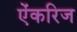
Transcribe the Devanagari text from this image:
ऐंकरिज